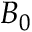
B _ { 0 }